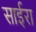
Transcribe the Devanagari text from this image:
साईरा